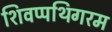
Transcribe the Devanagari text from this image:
शिवप्पथिगरम